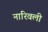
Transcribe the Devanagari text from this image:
नारिवली